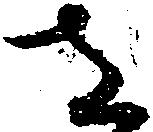
さ